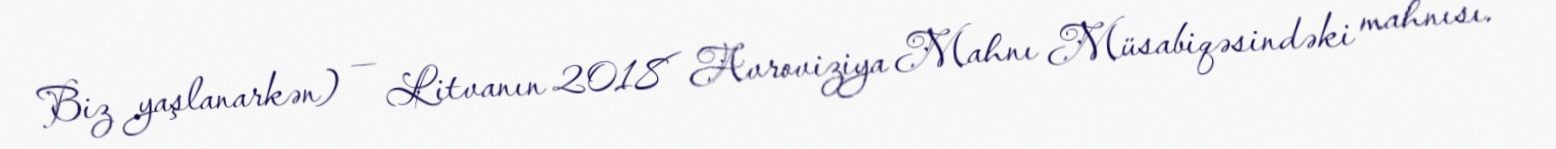
Biz yaşlanarkən) — Litvanın 2018 Avroviziya Mahnı Müsabiqəsindəki mahnısı.